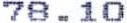
78.10